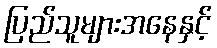
ပြည်သူများအနေနှင့်